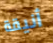
أنيقة